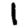
Digit: 1